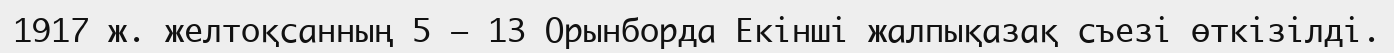
1917 ж. желтоқсанның 5 – 13 Орынборда Екінші жалпықазақ съезі өткізілді.